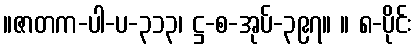
။ဇာတက-ပါ-ပ-၃၁၃၊ ဋ္ဌ-စ-အုပ်-၃၉၇။ ။ ၈-ပိုင်း